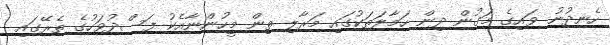
ހެނދުނު ވައިގެ މަގުން ދިން ހަމާލަތަކުގައި މަރާލި ތިން މީހުންނާއެކު ފަސްދުވަހުގެ ތެރޭގައި